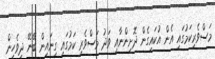
މަސްވެރިކަމުގައި އެން އުކައިގެން ދޮށިންނާއި ވަދު މަސްވެރި ކަމުގައި ގިނައިން ބޭނޭ ދިވެހިން